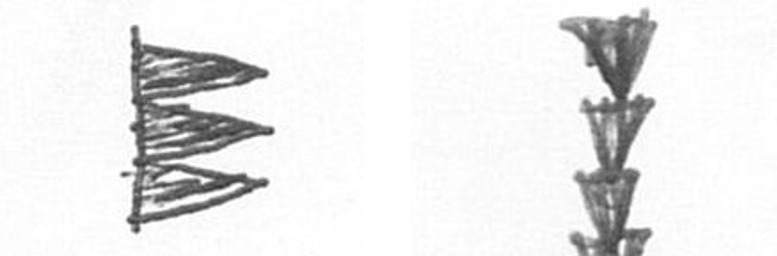
H E